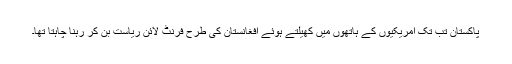
پاکستان تب تک امریکیوں کے ہاتھوں میں کھیلتے ہوئے افغانستان کی طرح فرنٹ لائن ریاست بن کر رہنا چاہتا تھا۔